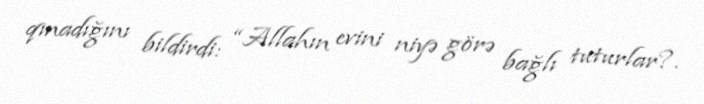
qınadığını bildirdi: “Allahın evini niyə görə bağlı tuturlar?.